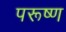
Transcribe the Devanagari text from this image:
परूष्ण